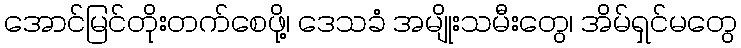
အောင်မြင်တိုးတက်စေဖို့၊ ဒေသခံ အမျိုးသမီးတွေ၊ အိမ်ရှင်မတွေ